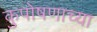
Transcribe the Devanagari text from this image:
कुपोषणाच्या